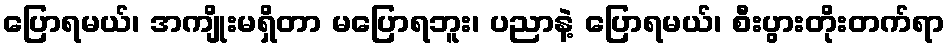
ပြောရမယ်၊ အကျိုးမရှိတာ မပြောရဘူး၊ ပညာနဲ့ ပြောရမယ်၊ စီးပွားတိုးတက်ရာ